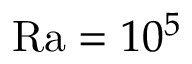
\mathrm { R a } = 1 0 ^ { 5 }